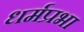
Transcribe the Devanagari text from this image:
धर्मप्रभा